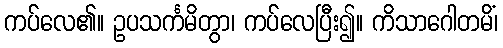
ကပ်လေ၏။ ဥပသင်္ကမိတွာ၊ ကပ်လေပြီး၍။ ကိသာဂေါတမိံ၊